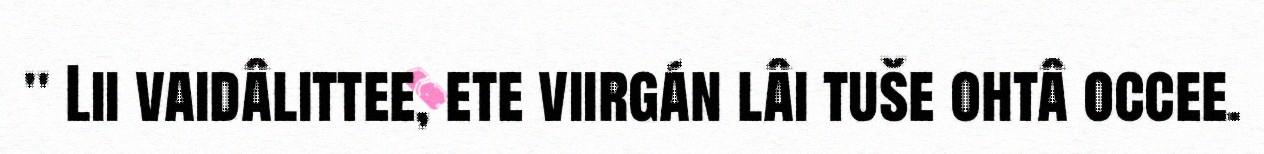
" Lii vaidâlittee, ete viirgán lâi tuše ohtâ occee.